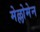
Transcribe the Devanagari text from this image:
मेल्लोमेन